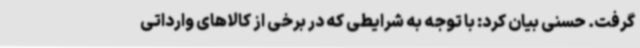
گرفت. حسنی بیان کرد: با توجه به شرایطی که در برخی از کالاهای وارداتی